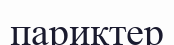
париктер